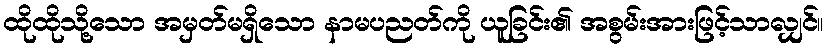
ထိုထိုသို့သော အမှတ်မရှိသော နာမပညတ်ကို ယူခြင်း၏ အစွမ်းအားဖြင့်သာလျှင်။